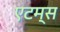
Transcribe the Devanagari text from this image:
एटम्स